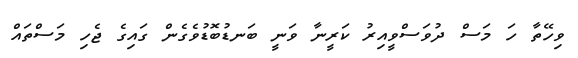
ވިހޭތާ ހަ މަސް ދުވަސްވީއިރު ކަރީނާ ވަނީ ބަނޑުބޮޑުވެގެން ގައިގެ ޖެހި މަސްތައް